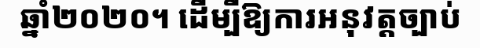
ឆ្នាំ២០២០។ ដើម្បីឱ្យការអនុវត្តច្បាប់